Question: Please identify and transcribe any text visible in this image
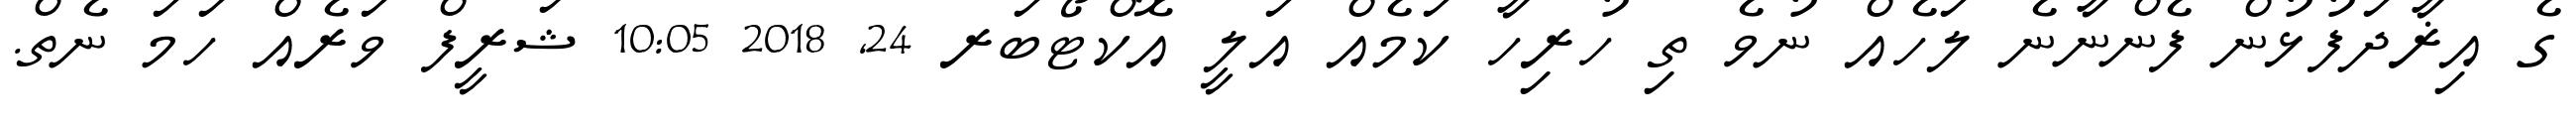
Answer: ގެ އިޜާދަފުޅުން ފެންނާނެ ލަހެއް ނުވެ ތި ހުރިހާ ކަމެއް އަލީ އޮކްޓޯބަރ 24, 2018 10:05 ޝަރީފް ވަރެއް ހަމަ ނެތް.